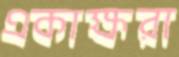
একাক্ষরা